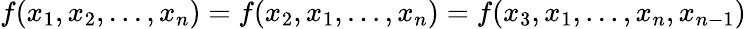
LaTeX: f(x_{1},x_{2},...,x_{n})=f(x_{2},x_{1},...,x_{n})=f(x_{3},x_{1},...,x_{n},x_{n-1})